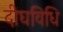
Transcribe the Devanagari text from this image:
दीघविधि